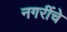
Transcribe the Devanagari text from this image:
नगरींचे